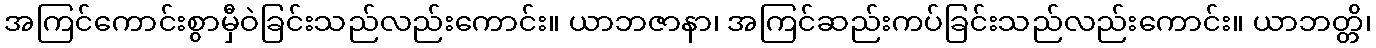
အကြင်ကောင်းစွာမှီဝဲခြင်းသည်လည်းကောင်း။ ယာဘဇာနာ၊ အကြင်ဆည်းကပ်ခြင်းသည်လည်းကောင်း။ ယာဘတ္တိ၊